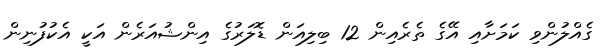
ގެއްލުންވި ކަމަށާއި އޭގެ ތެރެއިން 12 ބިލިއަން ޑޮލަރުގެ އިންޝުއަރެން އަކީ އެކުފުނިން